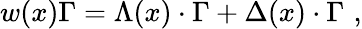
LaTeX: w(x)\Gamma=\Lambda(x)\cdot\Gamma+\Delta(x)\cdot\Gamma\, \, ,